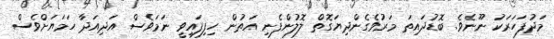
މަދުފަހަރަކު ނޫނެވެ. ބޮޑުދައިތަ މަރުވެގެންދިޔަގޮތް ލޮލުންފެނި އަތުން ހިފިފައިވީ ނަމަވެސް އަދިއަދާ ހަމަޔަށްވެސް